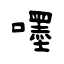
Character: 嚜